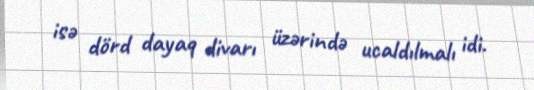
isə dörd dayaq divarı üzərində ucaldılmalı idi.